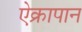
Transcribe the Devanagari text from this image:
ऐक्रापान